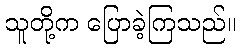
သူတို့က ပြောခဲ့ကြသည်။